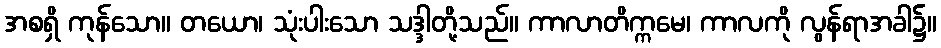
အစရှိ ကုန်သော။ တယော၊ သုံးပါးသော သဒ္ဒါတို့သည်။ ကာလာတိက္ကမေ၊ ကာလကို လွန်ရာအခါ၌။